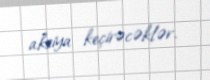
aksiya keçirəcəklər.